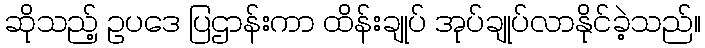
ဆိုသည့် ဥပဒေ ပြဌာန်းကာ ထိန်းချုပ် အုပ်ချုပ်လာနိုင်ခဲ့သည်။